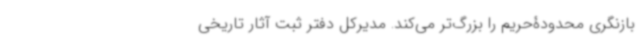
بازنگری محدودۀحریم را بزرگ‌تر می‌کند. مدیرکل دفتر ثبت آثار تاریخی